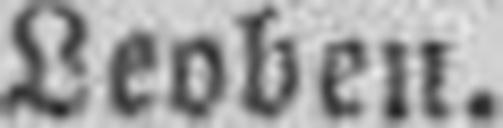
Leoben.